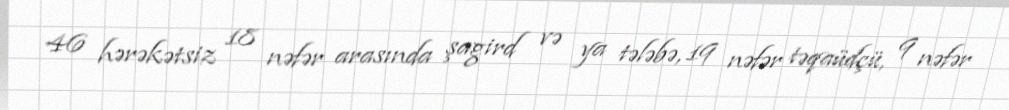
46 hərəkətsiz 18 nəfər arasında şagird və ya tələbə, 19 nəfər təqaüdçü, 9 nəfər